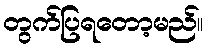
တွက်ပြရတော့မည်။